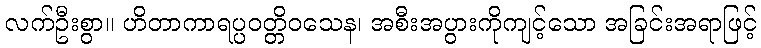
လက်ဦးစွာ။ ဟိတာကာရပ္ပဝတ္တိဝသေန၊ အစီးအပွားကိုကျင့်သော အခြင်းအရာဖြင့်